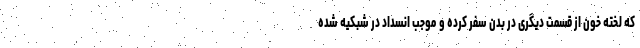
که لخته خون از قسمت دیگری در بدن سفر کرده و موجب انسداد در شبکیه شده